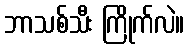
ဘာသစ်သီး ကြိုက်လဲ။